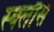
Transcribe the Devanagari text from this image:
स्क्लौस